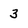
Character: 3